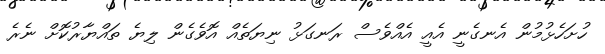
ހުށަހެޅުމުން އެނގެނީ އެއީ އެއްވެސް ރަނގަޅު ނިޔަތެއް އޮވެގެން ލިޔެ ތައްޔާރުކޮށް ނެރެ